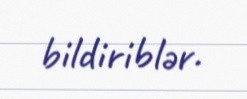
bildiriblər.